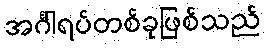
အင်္ဂါရပ်တစ်ခုဖြစ်သည်